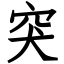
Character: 突